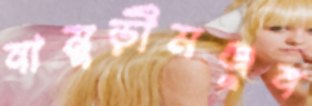
নামুড়ীমঞ্জুন